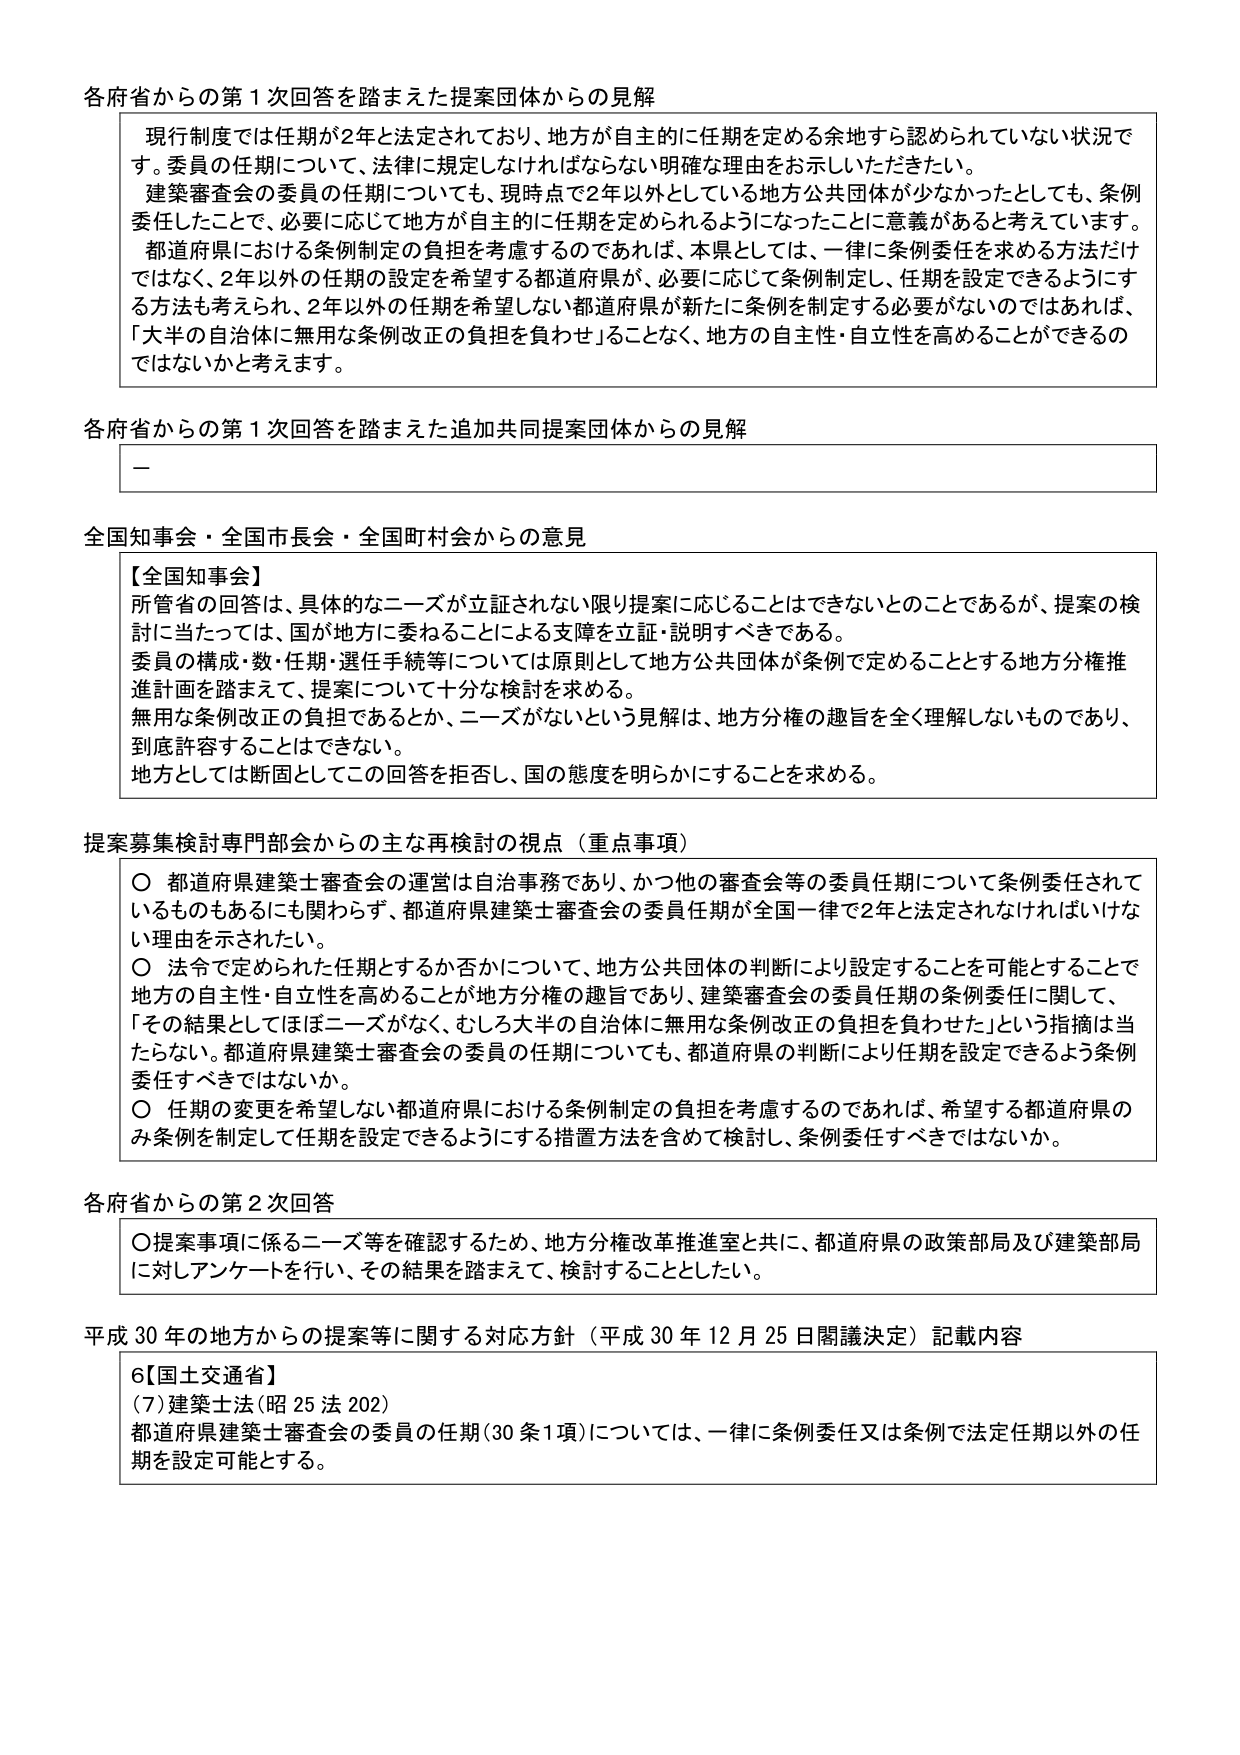
各府省からの第1次回答を踏まえた提案団体からの見解

現行制度では任期が2年と法定されており、地方が自主的に任期を定める余地すら認められていない状況です。委員の任期について、法律に規定しなければならない明確な理由をお示しいただきたい。
建築審査会の委員の任期についても、現時点で2年以外としている地方公共団体が少なかったとしても、条例委任したことで、必要に応じて地方が自主的に任期を定められるようにになったことに意義があると考えています。
都道府県における条例制定の負担を考慮するのであれば、本県としては、一律に条例委任を求める方法だけではなく、2年以外の任期の設定を希望する都道府県が、必要に応じて条例制定し、任期を設定できるようにする方法も考えられ、2年以外の任期を希望しない都道府県が新たに条例を制定する必要がないのであれば、「大半の自治体に無用な条例改正の負担を負わせ」ることなく、地方の自主性・自立性を高めることができるのではないかと考えます。

各府省からの第1次回答を踏まえた追加共同提案団体からの見解

－

全国知事会・全国市長会・全国町村会からの意見

【全国知事会】
所管省の回答は、具体的なニーズが立証されない限り提案に応じることはできないとのことであるが、提案の検討に当たっては、国が地方に委ねることによる支障を立証・説明すべきである。
委員の構成・数・任期・選任手続等については原則として地方公共団体が条例で定めることとする地方分権推進計画を踏まえて、提案について十分な検討を求める。
無用な条例改正の負担であるとか、ニーズがないという見解は、地方分権の趣旨を全く理解しないものであり、到底許容することはできない。
地方としては断固としてこの回答を拒否し、国の態度を明らかにすることを求める。

提案募集検討専門部会からの主な再検討の視点（重点事項）

○ 都道府県建築士審査会の運営は自治事務であり、かつ他の審査会等の委員任期について条例委任されているものもあるにも関わらず、都道府県建築士審査会の委員任期が全国一律で2年と法定されなければいけない理由を示されたい。
○ 法令で定められた任期とするか否かについて、地方公共団体の判断により設定することを可能とすることで地方の自主性・自立性を高めることが地方分権の趣旨であり、建築審査会の委員任期の条例委任に関して、「その結果としてほぼニーズがなく、むしろ大半の自治体に無用な条例改正の負担を負わせた」という指摘は当たらない。都道府県建築士審査会の委員の任期についても、都道府県の判断により任期を設定できるよう条例委任すべきではないか。
○ 任期の変更を希望しない都道府県における条例制定の負担を考慮するのであれば、希望する都道府県のみ条例を制定して任期を設定できるようにする措置方法を含めて検討し、条例委任すべきではないか。

各府省からの第2次回答

○ 提案事項に係るニーズ等を確認するため、地方分権改革推進室と共に、都道府県の政策部局及び建築部局に対しアンケートを行い、その結果を踏まえて、検討することとした。

平成30年の地方からの提案等に関する対応方針（平成30年12月25日閣議決定）記載内容

6【国土交通省】
(7) 建築士法（昭25法202）
都道府県建築士審査会の委員の任期（30条1項）については、一律に条例委任又は条例で法定任期以外の任期を設定可能とする。